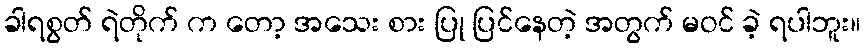
ခါရစွတ် ရဲတိုက် က တော့ အသေး စား ပြု ပြင်နေတဲ့ အတွက် မဝင် ခဲ့ ရပါဘူး။